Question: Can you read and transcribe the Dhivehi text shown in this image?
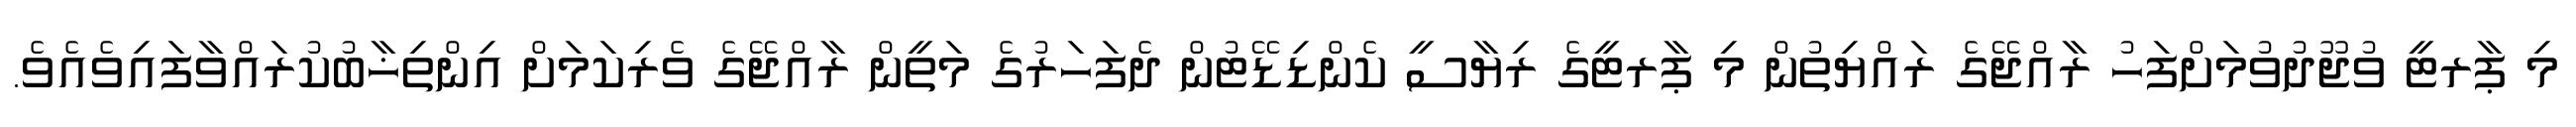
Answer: މި ޕާރޓީ ވުޖޫދުވުމަށްފަހު ރާއްޖޭގެ ރައްޔިތުން މި ޕާރޓީގެ ރިޔާސީ ކެންޑިޑޭޓުން ދެފަހަރުގެ މަތީން ރާއްޖޭގެ ވެރިކަމަށް އިންތިޚާބުކުރައްވާފައިވެއެވެ.